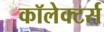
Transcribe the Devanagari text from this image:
कॉलेक्टर्स